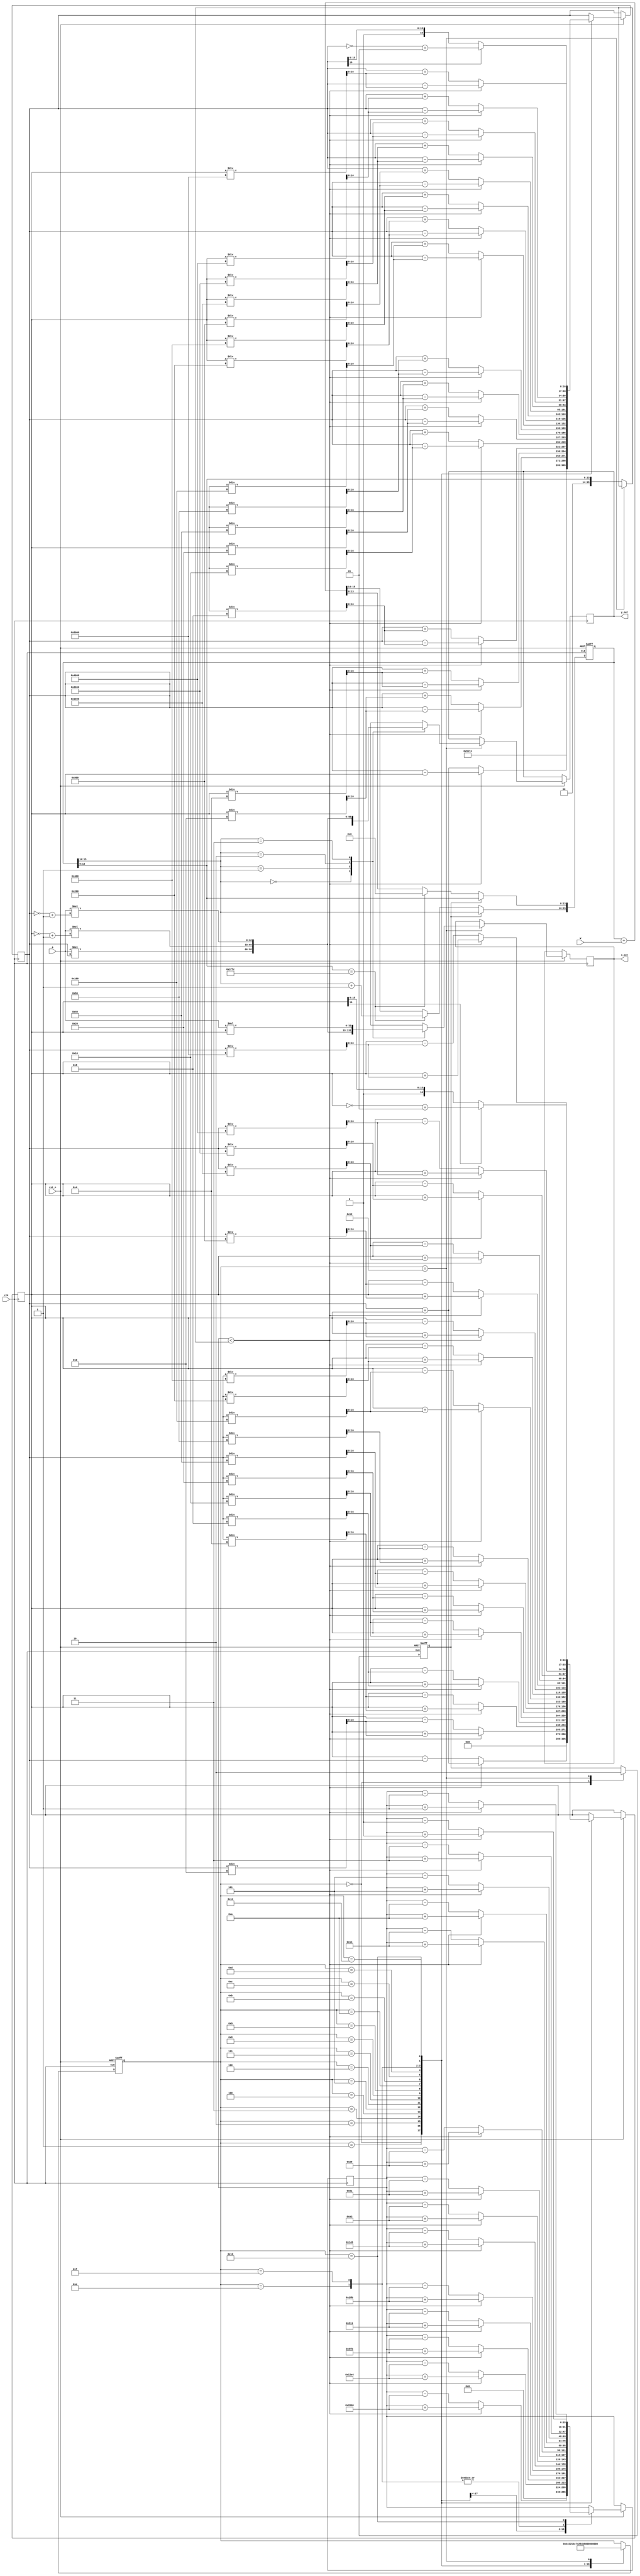
`timescale 1ns / 1ps
//////////////////////////////////////////////////////////////////////////////////
// Company: 
//////////////////////////////////////////////////////////////////////////////////
// Company: 
// Engineer: 
// 
// Design Name: 
// Module Name:    CORDIC_angle 
// Project Name: 
// Target Devices: 
// Tool versions: 
// Description: 
//
// Dependencies: 
//
// Revision: 
// Revision 0.01 - File Created
// Additional Comments: 
//
//////////////////////////////////////////////////////////////////////////////////
module CORDIC_angle
#(parameter DATA_WIDTH = 16)
	(
		input clk,
		input rst_n,
		input [15:0]A,
		input [15:0]W,
		output reg signed [DATA_WIDTH+16:0]x_out,
		output reg signed [DATA_WIDTH+16:0]y_out
    );
	
	
	`define rot0  16'h2000    //45
	`define rot1  16'h12e4    //26.5651
	`define rot2  16'h09fb    //14.0362
	`define rot3  16'h0511    //7.1250
	`define rot4  16'h028b    //3.5763
	`define rot5  16'h0145    //1.7899
	`define rot6  16'h00a3    //0.8952
	`define rot7  16'h0051    //0.4476
	`define rot8  16'h0028    //0.2238
	`define rot9  16'h0014    //0.1119
	`define rot10 16'h000a    //0.0560
	`define rot11 16'h0005    //0.0280
	`define rot12 16'h0003    //0.0140
	`define rot13 16'h0001    //0.0070
	`define rot14 16'h0001    //0.0035
	`define rot15 16'h0000    //0.0018
		reg signed[DATA_WIDTH-1:0]z_in;
		reg signed [DATA_WIDTH-1:0]z;
		reg  signed[DATA_WIDTH:0]x;
		reg  signed[DATA_WIDTH:0]y;
		reg [4:0]state;
		
		parameter s0=5'b00000,s1=5'b00001,s2=5'b00010,s3=5'b00011,s4=5'b00100,s5=5'b00101,s6=5'b00110,s7=5'b00111,s8=5'b01000;
		parameter s9=5'b01001,s10=5'b01010,s11=5'b01011,s12=5'b01100,s13=5'b1101,s14=5'b01110,s15=5'b01111,s16=5'b10000,s17=5'b10001,s18=5'b10010;
		
		parameter k=16'h9b74;//0.607253*2^16
			
		reg buzy;
		
		wire signed[DATA_WIDTH-1:0]z_in1;
		
		assign z_in1 = (state == s18)? z_in1:{2'b0,z_in[13:0]};
		
		always@(posedge clk or negedge rst_n)
			if(!rst_n)
				z_in<=0;
			else if(buzy == 0)
					if(z_in[13:0] == 16380)
						begin	
							z_in[13:0]  <= 0;
							z_in[15:14] <= z_in[15:14] + 1;
						end
					else
					    z_in  <= z_in +W;
				else z_in <= z_in;
				
				
		always@(posedge clk or negedge rst_n)
			if(!rst_n)begin
				state<=s0;
				buzy <= 0;
				end
			
				else case(state)
					s0:begin 	x<={1'b0,k};
								y<=0;
								z<=0;
								buzy <= 1;
								state<=s1;
						end
					s1:begin if(z < z_in1)
									begin
										x<=x-y;
										y<=y+x;
										z<=z+`rot0;
									end
								else
									begin
										x<=x+y;
										y<=y-x;
										z<=z-`rot0;
									end
								state<=s2;
						end
					s2:begin if(z < z_in1)
									begin
										x<=x-y/2;
										y<=y+x/2;
										z<=z+`rot1;
									end
								else
									begin
										x<=x+y/2;
										y<=y-x/2;
										z<=z-`rot1;
									end
								state<=s3;
						end
					s3:begin if(z < z_in1)
									begin
										x<=x-y/4;
										y<=y+x/4;
										z<=z+`rot2;
									end
								else
									begin
										x<=x+y/4;
										y<=y-x/4;
										z<=z-`rot2;
									end
								state<=s4;
						end
					s4:begin if(z < z_in1)
									begin
										x<=x-y/8;
										y<=y+x/8;
										z<=z+`rot3;
									end
								else
									begin
										x<=x+y/8;
										y<=y-x/8;
										z<=z-`rot3;
									end
								state<=s5;
						end
					s5:begin if(z < z_in1)
									begin
										x<=x-y/16;
										y<=y+x/16;
										z<=z+`rot4;
									end
								else
									begin
										x<=x+y/16;
										y<=y-x/16;
										z<=z-`rot4;
									end
								state<=s6;
						end
					s6:begin if(z < z_in1)
									begin
										x<=x-y/32;
										y<=y+x/32;
										z<=z+`rot5;
									end
								else
									begin
										x<=x+y/32;
										y<=y-x/32;
										z<=z-`rot5;
									end
								state<=s7;
						end
					s7:begin if(z < z_in1)
									begin
										x<=x-y/64;
										y<=y+x/64;
										z<=z+`rot6;
									end
								else
									begin
										x<=x+y/64;
										y<=y-x/64;
										z<=z-`rot6;
									end
								state<=s8;
						end
					s8:begin if(z <z_in1)
									begin
										x<=x-y/128;
										y<=y+x/128;
										z<=z+`rot7;
									end
								else
									begin
										x<=x+y/128;
										y<=y-x/128;
										z<=z-`rot7;
									end
								state<=s9;
						end
					s9:begin if(z <z_in1)
									begin
										x<=x-y/256;
										y<=y+x/256;
										z<=z+`rot8;
									end
								else
									begin
										x<=x+y/256;
										y<=y-x/256;
										z<=z-`rot8;
									end
								state<=s10;
						end
					s10:begin if(z <z_in1)
									begin
										x<=x-y/512;
										y<=y+x/512;
										z<=z+`rot9;
									end
								else
									begin
										x<=x+y/512;
										y<=y-x/512;
										z<=z-`rot9;
									end
								state<=s11;
						end
					s11:begin if(z <z_in1)
									begin
										x<=x-y/1024;
										y<=y+x/1024;
										z<=z+`rot10;
									end
								else
									begin
										x<=x+y/1024;
										y<=y-x/1024;
										z<=z-`rot10;
									end
								state<=s12;
						end
					s12:begin if(z <z_in1)
									begin
										x<=x-y/2048;
										y<=y+x/2048;
										z<=z+`rot11;
									end
								else
									begin
										x<=x+y/2048;
										y<=y-x/2048;
										z<=z-`rot11;
									end
								state<=s13;
						end
					s13:begin if(z <z_in1)
									begin
										x<=x-y/4096;
										y<=y+x/4096;
										z<=z+`rot12;
									end
								else
									begin
										x<=x+y/4096;
										y<=y-x/4096;
										z<=z-`rot12;
									end
								state<=s14;
						end
					s14:begin if(z <z_in1)
									begin
										x<=x-y/8192;
										y<=y+x/8192;
										z<=z+`rot13;
									end
								else
									begin
										x<=x+y/8192;
										y<=y-x/8192;
										z<=z-`rot13;
									end
								state<=s15;
						end
					s15:begin if(z <z_in1)
									begin
										x<=x-y/16384;
										y<=y+x/16384;
										z<=z+`rot14;
									end
								else
									begin
										x<=x+y/16384;
										y<=y-x/16384;
										z<=z-`rot14;
									end
								state<=s16;
						end
					s16:begin if(z <z_in1)
									begin
										x<=x-y/32768;
										y<=y+x/32768;
										z<=z+`rot15;
									end
								else
									begin
										x<=x+y/32768;
										y<=y-x/32768;
										z<=z-`rot15;
									end
								state<=s17;
						end
					s17: begin
						    x<=x[16]?~x+1:x;
							y<=y[16]?~y+1:y;
							state<=s18;
							
						end	
					s18:begin
							case(z_in[15:14])
								2'b00:begin
										x_out <=A*x;
										y_out <=A*y;
										end
								2'b01:begin
										x_out <= A*(~y+1);
										y_out <= A*x;
										end
								2'b10:begin
										x_out <=A*(~x+1);
										y_out <= A*(~y+1);
										end
								2'b11:begin
										x_out <= A*y;
										y_out <= A*(~x+1);
										end
							endcase
							buzy <= 0;
							state <= s0;
						end
				endcase
				
endmodule